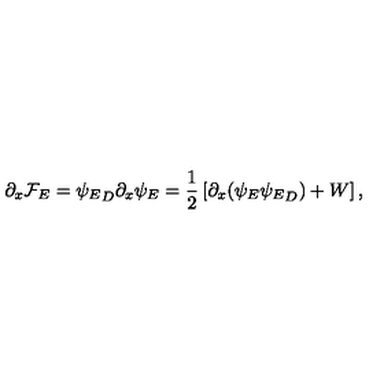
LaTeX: \partial _ { x } { \cal F } _ { E } = { \psi _ { E } } _ { D } \partial _ { x } \psi _ { E } = { \frac { 1 } { 2 } } \left[ \partial _ { x } ( \psi _ { E } { \psi _ { E } } _ { D } ) + W \right] ,